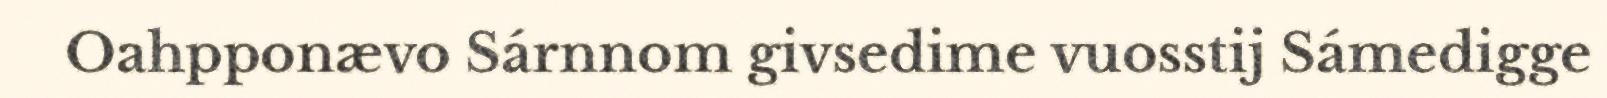
Oahpponævo Sárnnom givsedime vuosstij Sámedigge